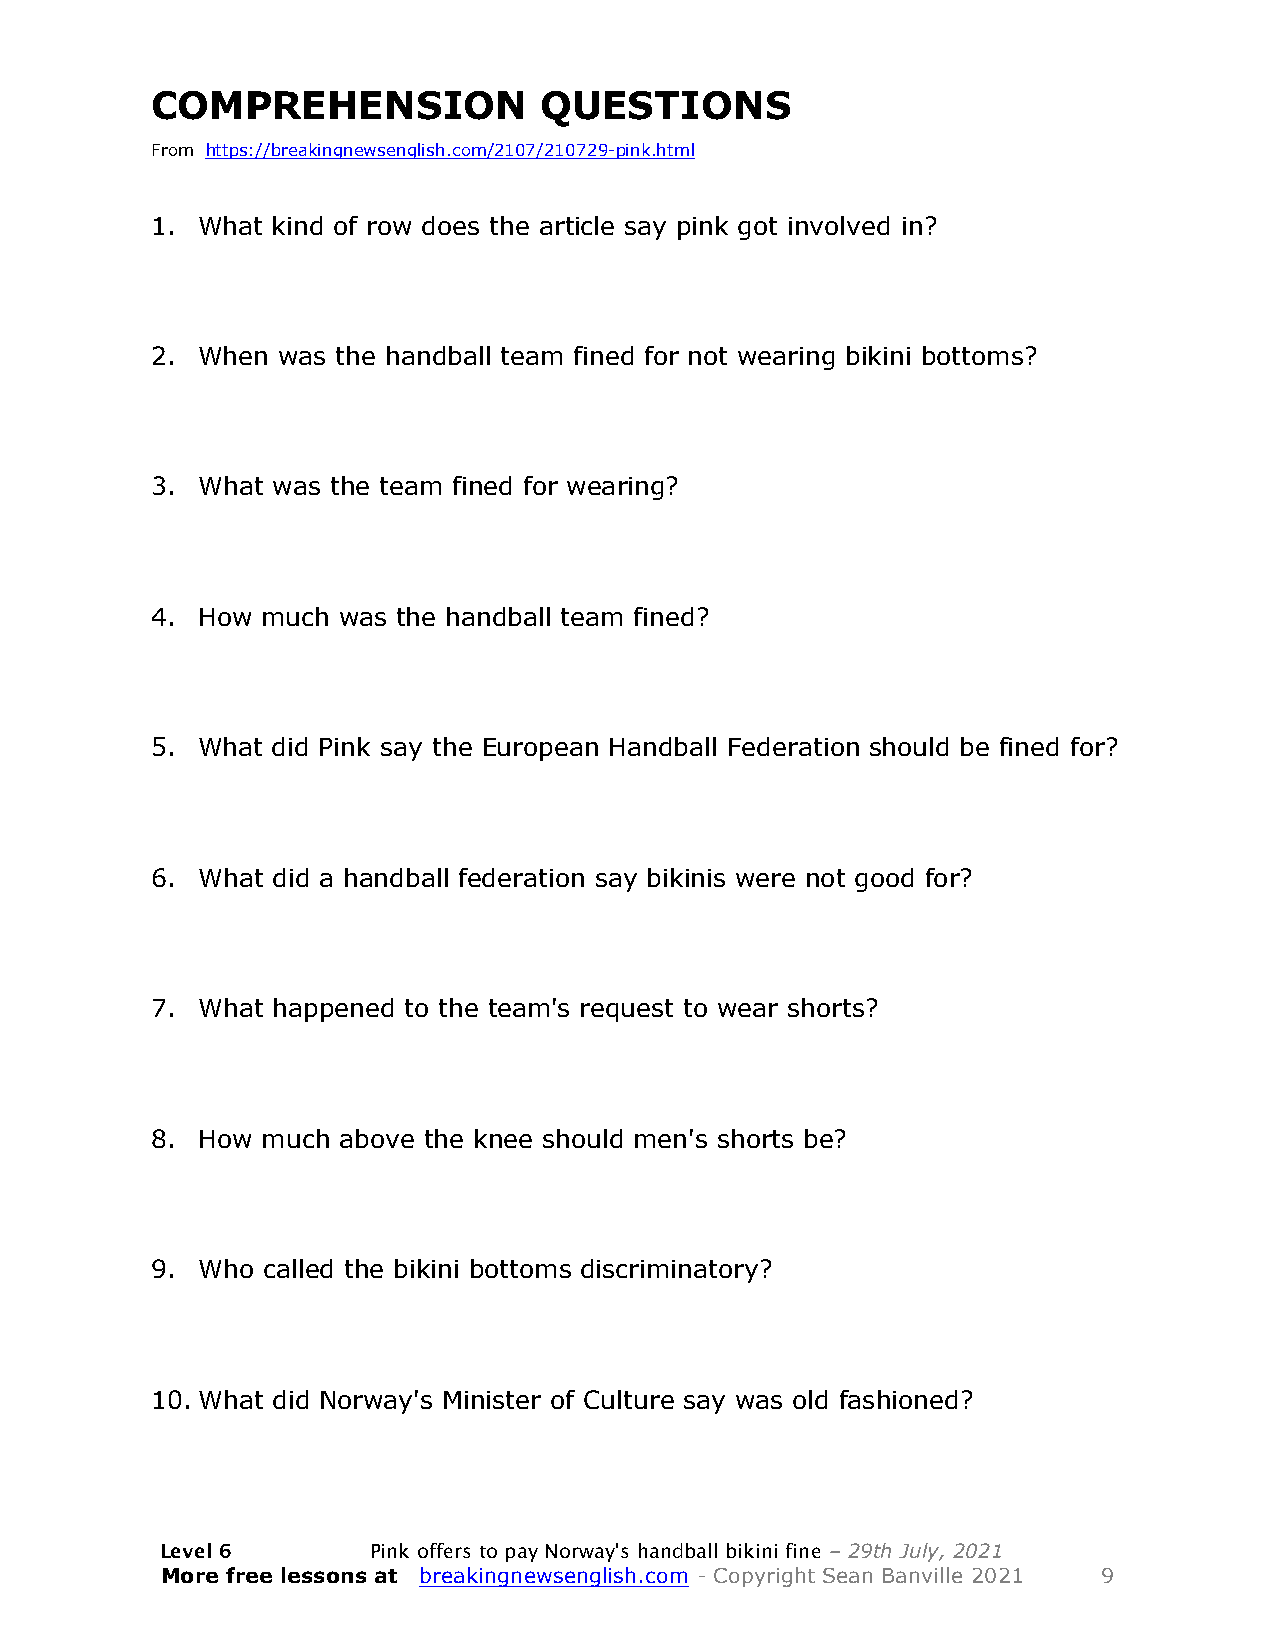
COMPREHENSION             QUESTIONS
 From https://breakingnewsenglish.com/2107/210729-pink.html
 1. What kind of row does the article say pink got involved in?
 2. When was the handball team fined for not wearing bikini bottoms?
 3. What was the team fined for wearing?
 4. How much was the handball team fined?
 5. What did Pink say the European Handball Federation should be fined for?
 6. What did a handball federation say bikinis were not good for?
 7. What happened to the team's request to wear shorts?
 8. How much above the knee should men's shorts be?
 9. Who called the bikini bottoms discriminatory?
 10. What did Norway's Minister of Culture say was old fashioned?
 Level 6      Pink offers to pay Norway's handball bikini fine – 29th July, 2021
 More free lessons at breakingnewsenglish.com - Copyright Sean Banville 2021 9